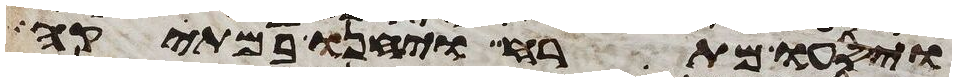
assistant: ויסעו מתרח ויחנו במתקה